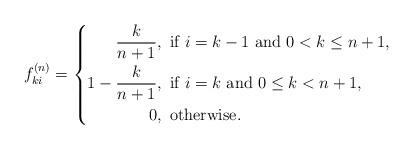
LaTeX: \begin{align*}f_{ki}^{(n)} =\left\{\begin{aligned}\frac{k}{n+1} &, \mbox{ if } i = k -1 \mbox{ and } 0 < k \leq n+1,\\1 - \frac{k}{n+1} &, \mbox{ if } i = k \mbox{ and } 0 \leq k < n+1,\\0 &, \mbox{ otherwise}.\\\end{aligned}\right.\end{align*}